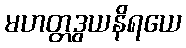
မဟတ္တဒွယနိရယေ